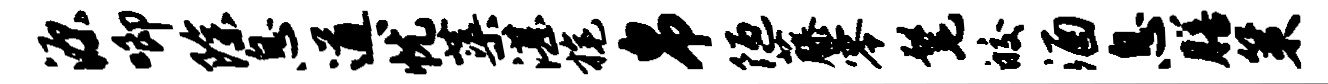
源唧除息遒忧蕖湛旄帛陋藤零髦皎酒息膳策